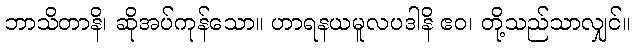
ဘာသိတာနိ၊ ဆိုအပ်ကုန်သော။ ဟာရနယမူလပဒါနိ ဧဝ၊ တို့သည်သာလျှင်။